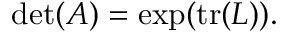
\operatorname* { d e t } ( A ) = \exp ( \operatorname { t r } ( L ) ) .